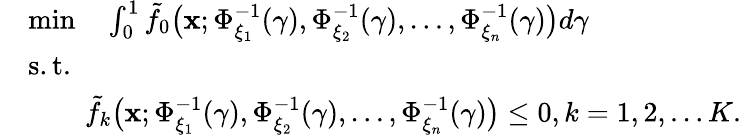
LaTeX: \begin{array}{rl}&{\operatorname*{min}\quad\int_{0}^{1}\tilde{f}_{0}{\big(\textbf{x};\Phi_{\xi_{1}}^{-1}(\gamma),\Phi_{\xi_{2}}^{-1}(\gamma),\ldots,\Phi_{\xi_{n}}^{-1}(\gamma)\big)}d\gamma}\\ &{\mathrm{s.t.}}\\ &{\qquad\tilde{f}_{k}{\big(\textbf{x};\Phi_{\xi_{1}}^{-1}(\gamma),\Phi_{\xi_{2}}^{-1}(\gamma),\ldots,\Phi_{\xi_{n}}^{-1}(\gamma)\big)}\leq 0,k=1,2,\ldots K.}\end{array}